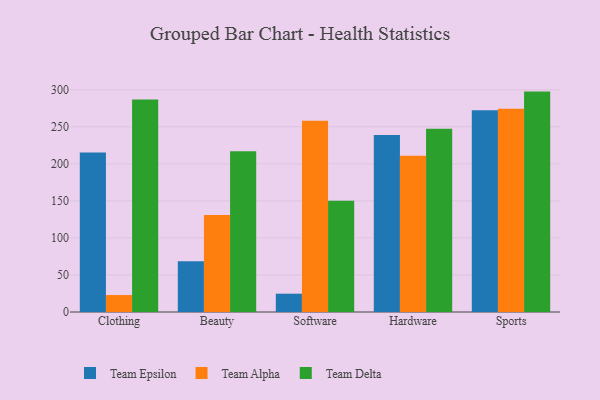
{"axis": {"x": "Category", "y": "Production Output"}, "legend": ["Team Alpha", "Team Delta", "Team Epsilon"], "data": [{"x": "Clothing", "y": 215.2, "type": "Team Epsilon"}, {"x": "Clothing", "y": 22.9, "type": "Team Alpha"}, {"x": "Clothing", "y": 287.0, "type": "Team Delta"}, {"x": "Beauty", "y": 68.5, "type": "Team Epsilon"}, {"x": "Beauty", "y": 131.0, "type": "Team Alpha"}, {"x": "Beauty", "y": 217.0, "type": "Team Delta"}, {"x": "Software", "y": 24.7, "type": "Team Epsilon"}, {"x": "Software", "y": 258.3, "type": "Team Alpha"}, {"x": "Software", "y": 150.2, "type": "Team Delta"}, {"x": "Hardware", "y": 238.9, "type": "Team Epsilon"}, {"x": "Hardware", "y": 210.9, "type": "Team Alpha"}, {"x": "Hardware", "y": 247.5, "type": "Team Delta"}, {"x": "Sports", "y": 272.4, "type": "Team Epsilon"}, {"x": "Sports", "y": 274.4, "type": "Team Alpha"}, {"x": "Sports", "y": 297.5, "type": "Team Delta"}]}